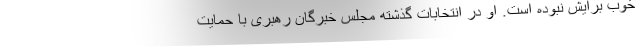
خوب برایش نبوده است. او در انتخابات گذشته مجلس خبرگان رهبری با حمایت